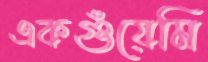
একগুঁয়েমি